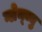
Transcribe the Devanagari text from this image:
ग्लेन्व्यु